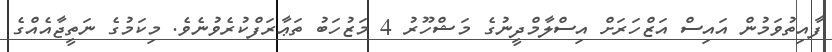
ފާއިތުވަމުން އައިސް އަޒްހަރަށް އިސްލާމްދީނުގެ މަޝްހޫރު 4 މަޒުހަބު ތަޢާރަފްކުރެވުނެވެ. މިކަމުގެ ނަތީޖާއެއްގެ